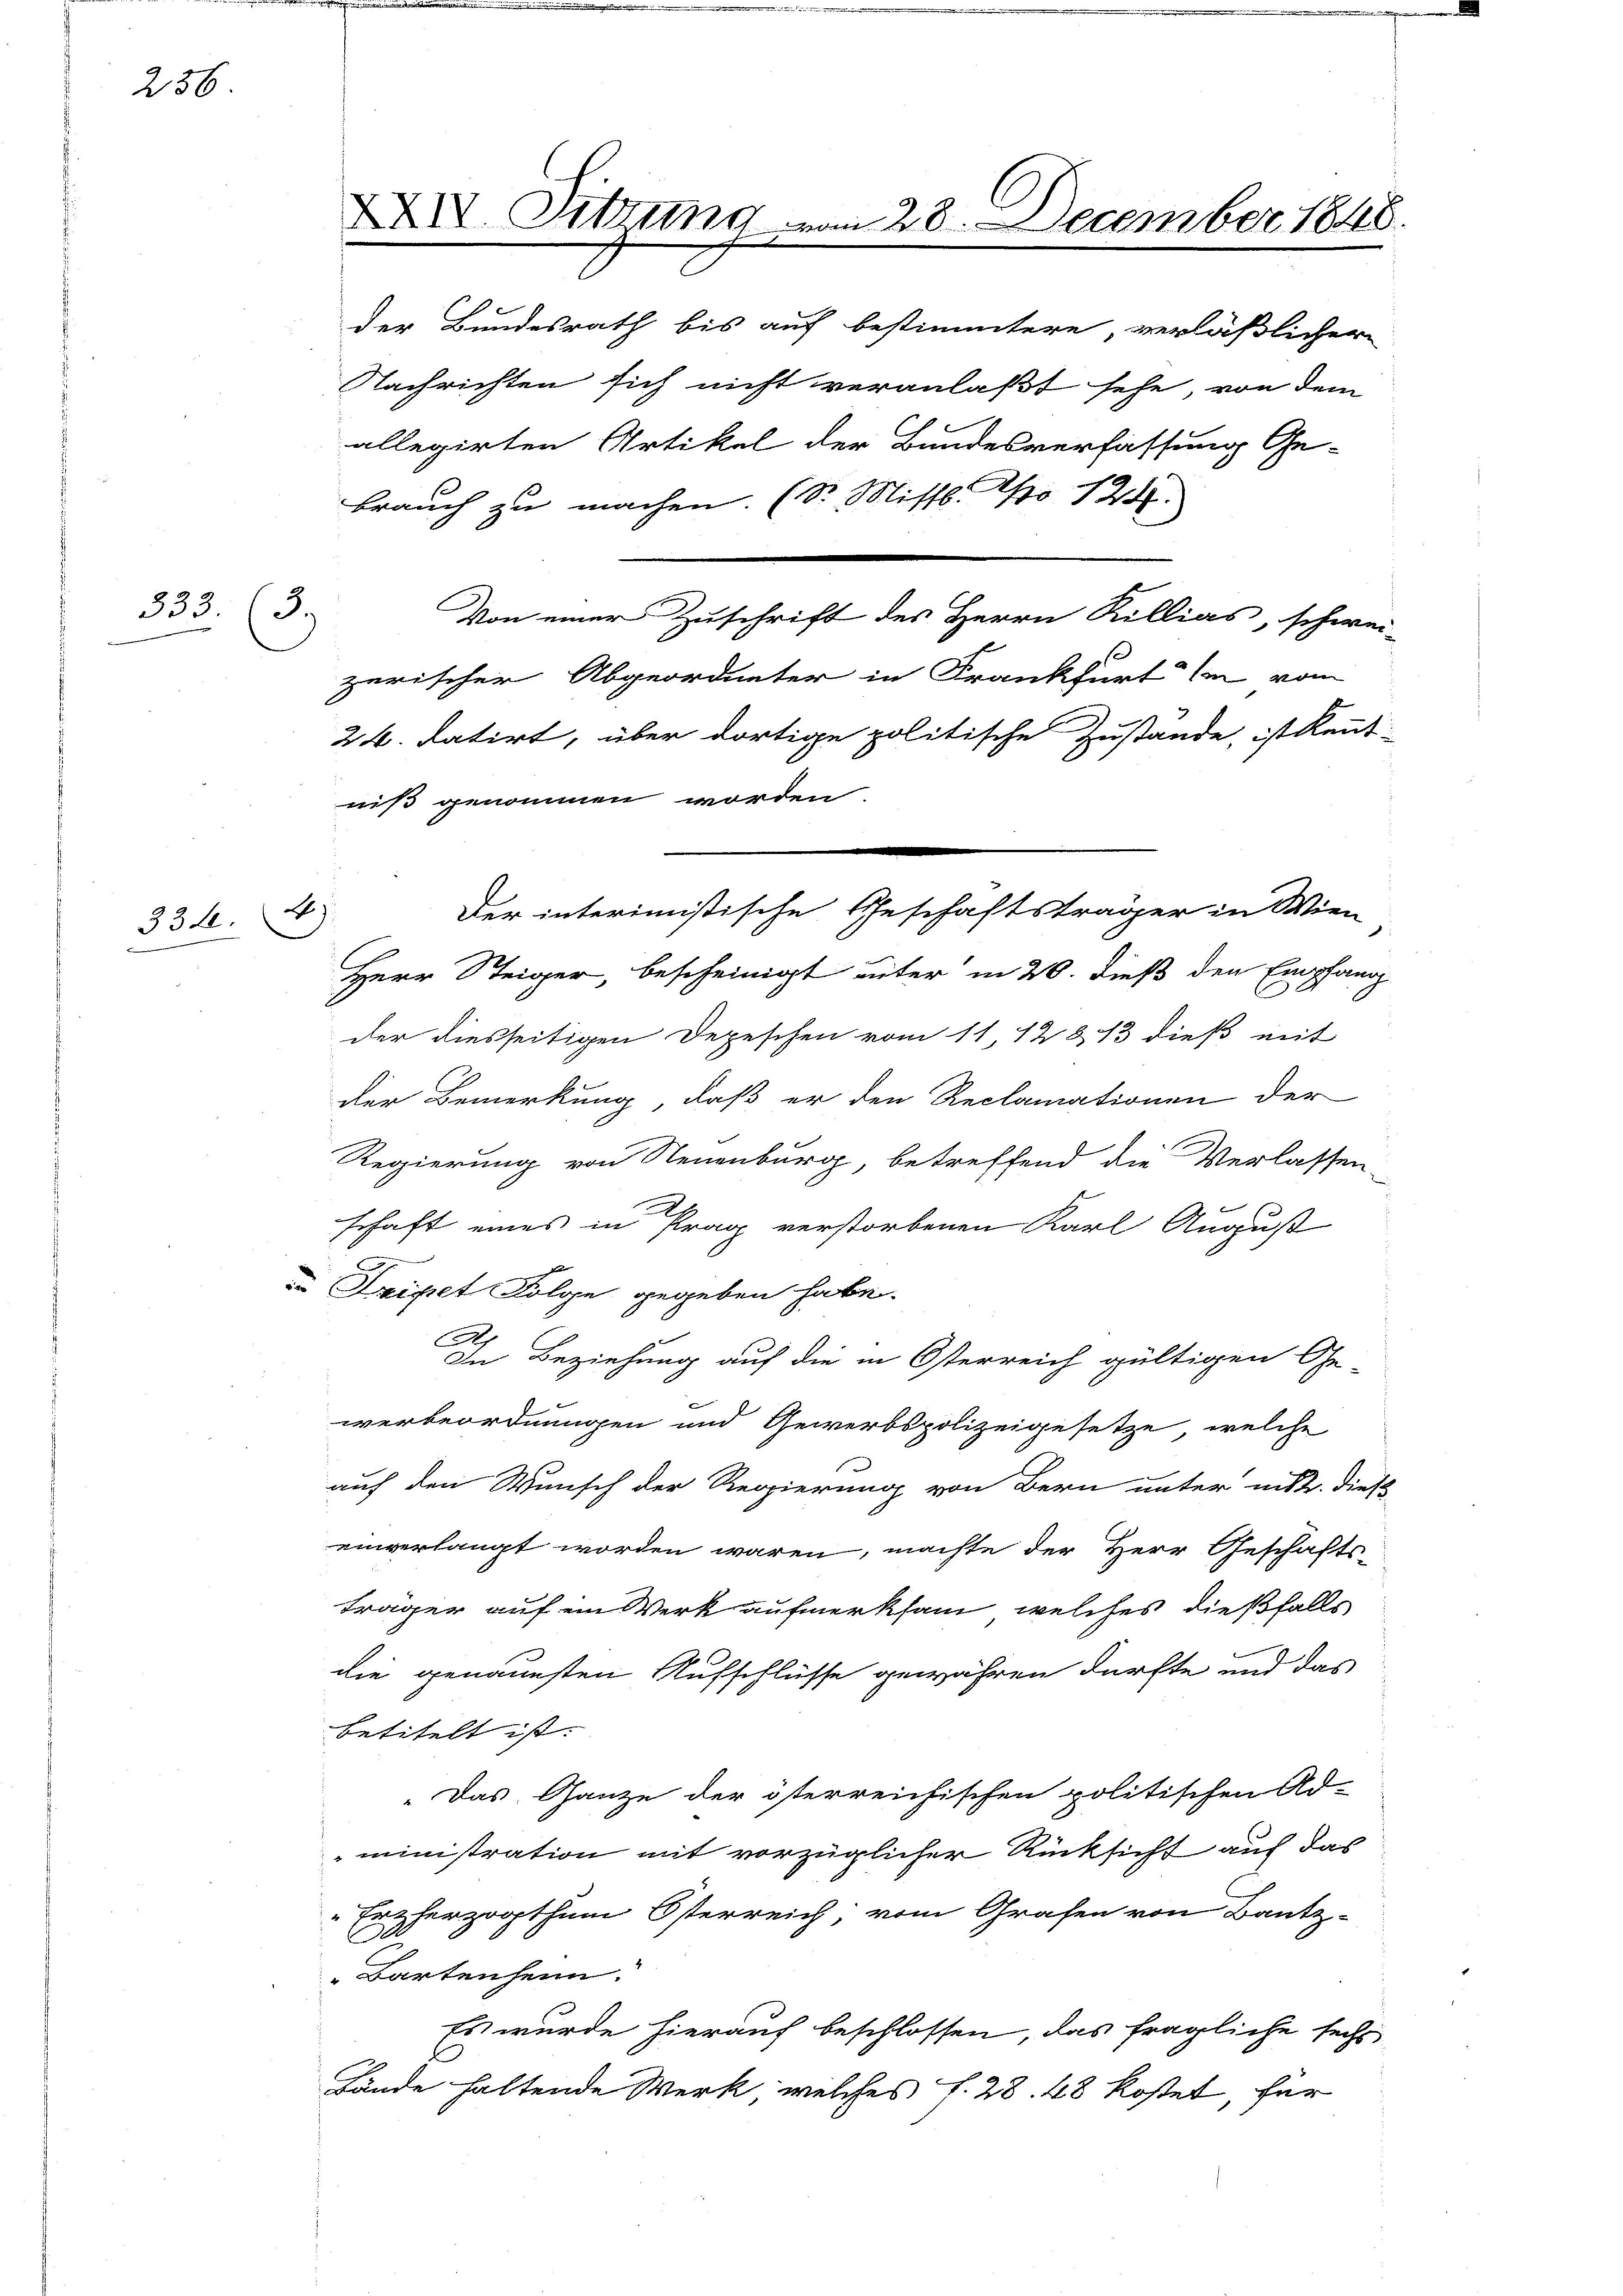
256

333. (3.)

2)
334.

der Bundesrath bis auf bestimmtere, verläßlicher
Nachrichten sich nicht veranlaßt sehe, von dem
allegirten Artikel der Bundesverfassung Ge-
brauch zu machen. (Dr. Missl. No 124.
Von einer Zuschrift des Herrn Rillias, schwei-
zerischer Abgeordneter in Frankfurt le vom
24. datirt, über dortige politische Zustande, ist kennt-
niß genommen worden.
Herr Steiger, bescheinigt unter in 20. dieß den Empfang
der diesseitigen Depeschen vom 11. 12313 dieß mit
der Bemerkung, daß er den Reclamationen der
Regierung von Neuenburg, betreffend die Verlassen
schaft eines in Prag verstorbenen Karl August
e
Dripet Folge gegeben habe.
A
In Beziehung auf die in Österreich gültigen Ge-
werbeordnungen und Gewerbspolizeigesetze, welche
auf den Wunsch der Regierung von Bern unter mis. Diese
einverlangt worden wären, machte der Herr Geschäfts-
träger auf ein Werk aufmerksam, welches dießfalls
die genauesten Aufschlüsse gewähren dürfte und das
betitelt ist.
„Das Ganze der österreichischen politischen Ad-
ministration mit vorzüglicher Rücksicht auf das
Erzherzogthum Österreich; vom Grafen von Bautz-
C
Bartenheim.
Es wurde hierauf beschlossen, das fragliche sechs
Lände haltende Werk, welches f. 28. 48 kostet, für

XXIV. Sitzung vom 28. December 1848.

Der interimistische Geschäftsträger in Wien